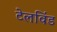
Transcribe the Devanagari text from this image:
टेलविंड